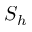
S _ { h }